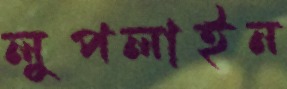
লুপলাইন